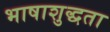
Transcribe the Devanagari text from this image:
भाषाशुद्धता